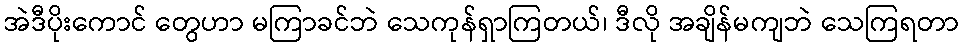
အဲဒီပိုးကောင် တွေဟာ မကြာခင်ဘဲ သေကုန်ရှာကြတယ်၊ ဒီလို အချိန်မကျဘဲ သေကြရတာ